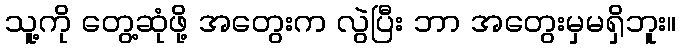
သူ့ကို တွေ့ဆုံဖို့ အတွေးက လွဲပြီး ဘာ အတွေးမှမရှိဘူး။